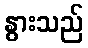
နွားသည်